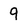
Character: 9